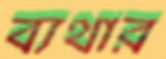
ব্যথার